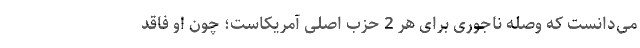
می‌دانست که وصله ناجوری برای هر 2 حزب اصلی آمریکاست؛ چون او فاقد